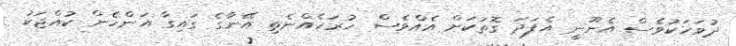
ދުވަހަކުވެސް އެނޫނީ އެފަދަ ގޮތަކަށް އެއްވެސް ހުރަހެއްނެތި އޭނާގެ ގައިގާ އަންހެން ކުއްޖަކު